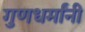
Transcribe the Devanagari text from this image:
गुणधर्मांनी